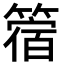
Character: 䈹